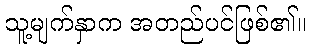
သူ့မျက်နှာက အတည်ပင်ဖြစ်၏။